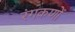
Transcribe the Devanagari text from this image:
रंगकणों